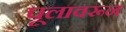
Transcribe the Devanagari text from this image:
पूलावरून